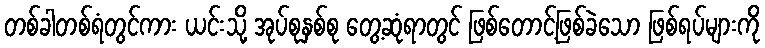
တစ်ခါတစ်ရံတွင်ကား ယင်းသို့ အုပ်စုနှစ်စု တွေ့ဆုံရာတွင် ဖြစ်တောင့်ဖြစ်ခဲသော ဖြစ်ရပ်များကို